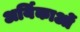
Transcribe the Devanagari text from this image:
अर्यिकाओं